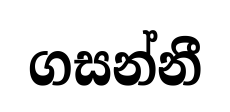
ගසන්නී